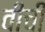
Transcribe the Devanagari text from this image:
वीची